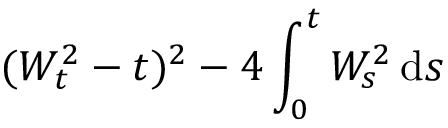
( W _ { t } ^ { 2 } - t ) ^ { 2 } - 4 \int _ { 0 } ^ { t } W _ { s } ^ { 2 } \, \mathrm { d } s